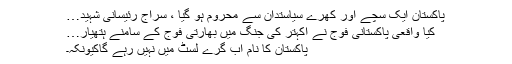
پاکستان ایک سچے اور کھرے سیاستدان سے محروم ہو گیا ، سراج رئیسانی شہید…
کیا واقعی پاکستانی فوج نے اکہتر کی جنگ میں بھارتی فوج کے سامنے ہتھیار…
پاکستان کا نام اب گرے لسٹ میں نہیں رہے گاکیونکہ۔